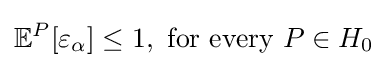
\mathbb {E} ^{P}[\varepsilon _{\alpha }]\leq 1,{\text{ for every }}P\in H_{0}